Indian journal of veterinary science and animal husbandry - Volumes 22-23, 1952-1953
Year: 1952
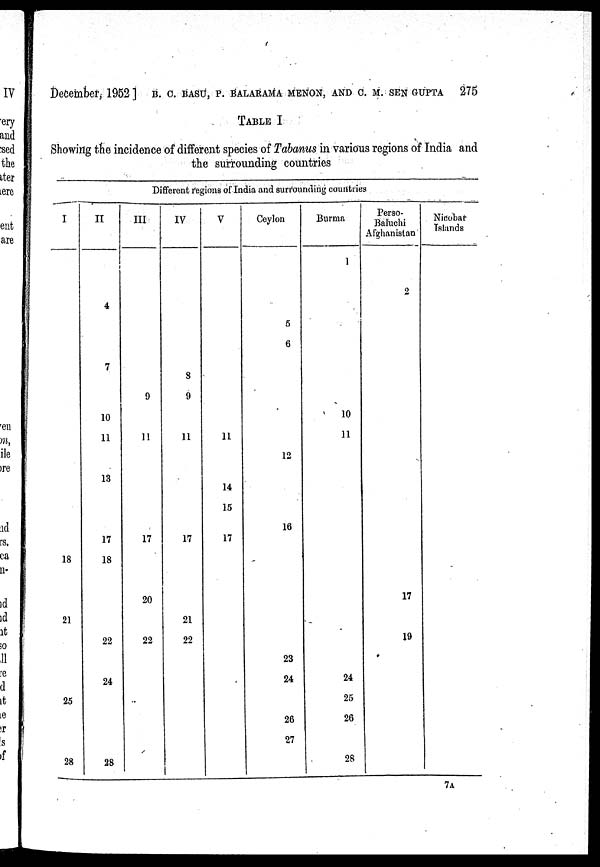
December, 1952] B. C. BASU, P. BALARAMA MENON, AND C. M. SEN GUPTA 275
TABLE I
Showing the incidence of different species of Tabanus in various regions of India and
the surrounding countries
Different regions of India and surrounding countries
I
18
21
25
28
II
4
7
10
11
13
17
18
22
24
28
III
9
11
17
20
22
IV
8
9
11
17
21
22
V
11
14
15
17
Ceylon
5
6
12
16
23
24
26
27
Burma
1
10
11
24
25
26
28
Perso¬
Baluchi
Afghanistan
2
17
19
Nicobat
Islands
7A